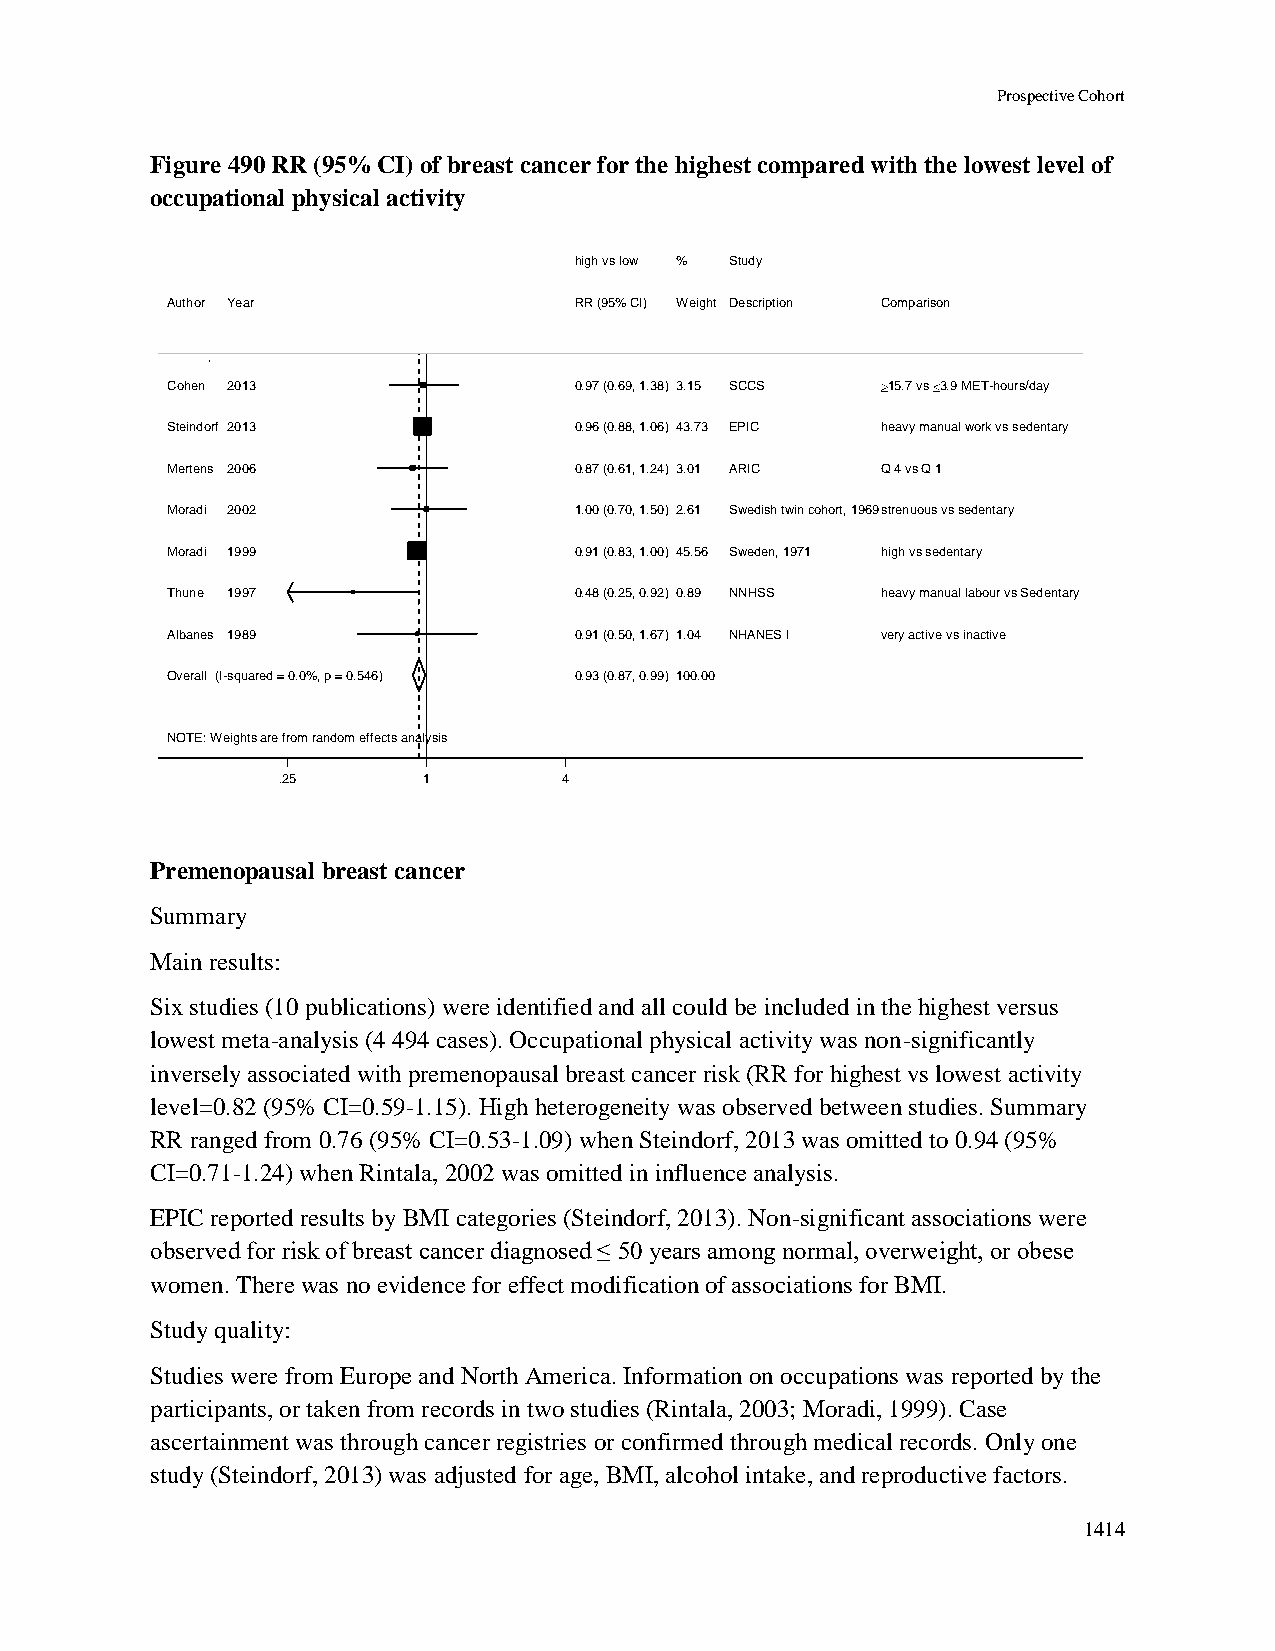
Prospective Cohort
 Figure 490 RR (95% CI) of breast cancer for the highest compared with the lowest level of
 occupational physical activity
 hhiigghh vvss llooww %% Study
 Author Year                RRRR ((9955%% CCII)) WWeeiigghhtt Description Comparison
 Cohen 2013                 00..9977 ((00..6699,, 11..3388)) 33..1155 SCCS 15.7 vs 3.9 MET-hours/day
 Steindorf 2013             00..9966 ((00..8888,, 11..0066)) 4433..7733 EPIC heavy manual work vs sedentary
 Mertens 2006               00..8877 ((00..6611,, 11..2244)) 33..0011 ARIC Q 4 vs Q 1
 Moradi 2002                11..0000 ((00..7700,, 11..5500)) 22..6611 Swedish twin cohort, 1969strenuous vs sedentary
 Moradi 1999                00..9911 ((00..8833,, 11..0000)) 4455..5566 Sweden, 1971 high vs sedentary
 Thune 1997                 00..4488 ((00..2255,, 00..9922)) 00..8899 NNHSS heavy manual labour vs Sedentary
 Albanes 1989               00..9911 ((00..5500,, 11..6677)) 11..0044 NHANES I very active vs inactive
 Overall (I-squared = 0.0%, p = 0.546) 00..9933 ((00..8877,, 00..9999)) 110000..0000
 NOTE: Weights are from random effects analysis
 .25       11       4
 Premenopausal breast cancer
 Summary
 Main results:
 Six studies (10 publications) were identified and all could be included in the highest versus
 lowest meta-analysis (4 494 cases). Occupational physical activity was non-significantly
 inversely associated with premenopausal breast cancer risk (RR for highest vs lowest activity
 level=0.82 (95% CI=0.59-1.15). High heterogeneity was observed between studies. Summary
 RR ranged from 0.76 (95% CI=0.53-1.09) when Steindorf, 2013 was omitted to 0.94 (95%
 CI=0.71-1.24) when Rintala, 2002 was omitted in influence analysis.
 EPIC reported results by BMI categories (Steindorf, 2013). Non-significant associations were
 observed for risk of breast cancer diagnosed ≤ 50 years among normal, overweight, or obese
 women. There was no evidence for effect modification of associations for BMI.
 Study quality:
 Studies were from Europe and North America. Information on occupations was reported by the
 participants, or taken from records in two studies (Rintala, 2003; Moradi, 1999). Case
 ascertainment was through cancer registries or confirmed through medical records. Only one
 study (Steindorf, 2013) was adjusted for age, BMI, alcohol intake, and reproductive factors.
 1414